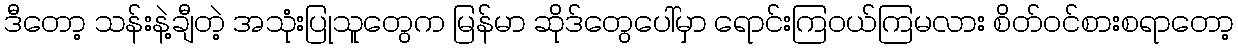
ဒီတော့ သန်းနဲ့ချီတဲ့ အသုံးပြုသူတွေက မြန်မာ ဆိုဒ်တွေပေါ်မှာ ရောင်းကြဝယ်ကြမလား စိတ်ဝင်စားစရာတော့